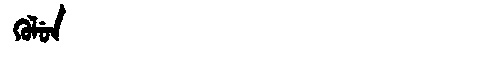
Manchu: ᡴᡠᠯᡠᠨ
Romanization: KULUN